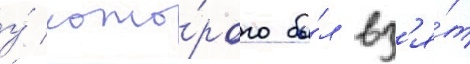
у́ кото́рого бы́л вз'я́т